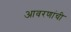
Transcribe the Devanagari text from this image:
आवरणांची